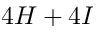
4 H + 4 I